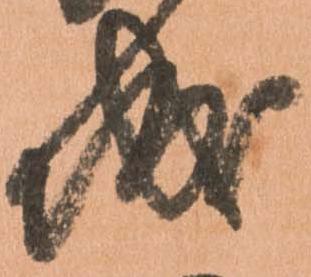
城